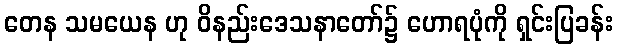
တေန သမယေန ဟု ဝိနည်းဒေသနာတော်၌ ဟောရပုံကို ရှင်းပြခန်း